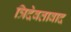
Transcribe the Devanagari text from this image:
त्रिदेवतावाद